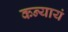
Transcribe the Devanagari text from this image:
कन्यायं